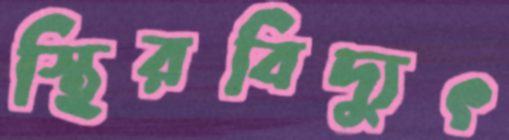
স্থিরবিদ্যুৎ